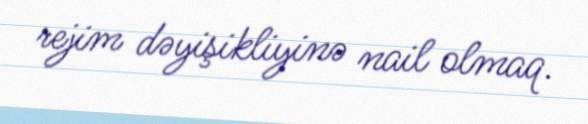
rejim dəyişikliyinə nail olmaq.